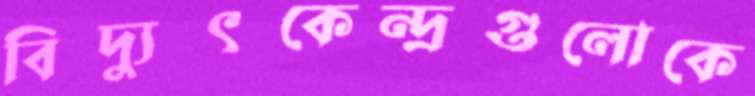
বিদ্যুৎকেন্দ্রগুলোকে